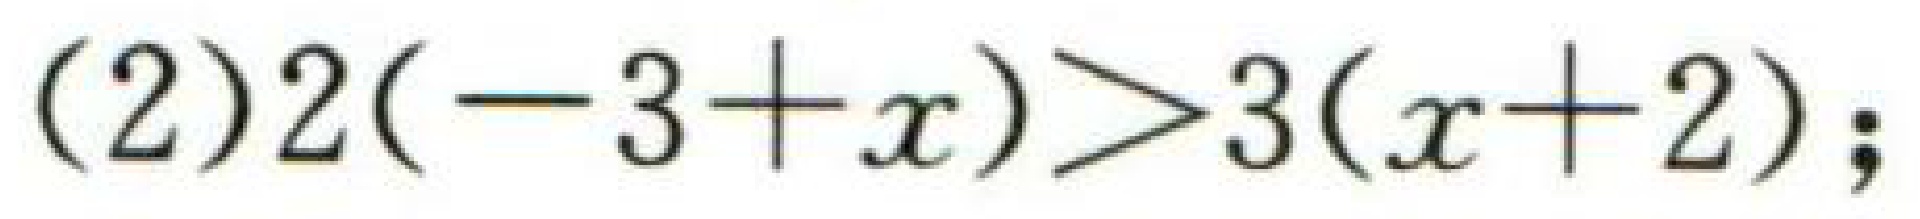
(2)$2(-3 + x)>3(x + 2)$;